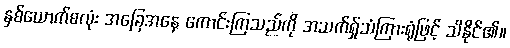
နှစ်ယောက်စလုံး အခြေအနေ ကောင်းကြသည်ကို အသက်ရ်ှုသံကြားရုံဖြင့် သိနိုင်၏။